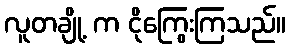
လူတချို့ က ငိုကြွေးကြသည်။